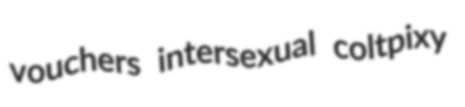
vouchers intersexual coltpixy